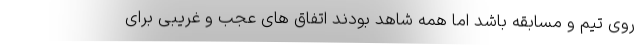
روی تیم و مسابقه باشد اما همه شاهد بودند اتفاق های عجب و غریبی برای